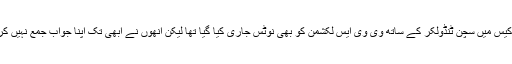
اسی کیس میں سچن ٹنڈولکر کے ساتھ وی وی ایس لکشمن کو بھی نوٹس جاری کیا گیا تھا لیکن انھوں نے ابھی تک اپنا جواب جمع نہیں کروایا۔